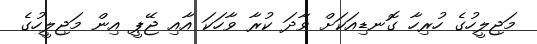
މަޖިލީހުގެ ހުރިހާ ގޮނޑިއަކަށް ވާދަ ކުރާ ވާހަކަ އާއި ޖޭޕީ އިން މަޖިލީހުގެ